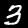
Label: 3